Report on malaria in the Punjab during the year ...  together with an account of the work of the Punjab Malaria Bureau - Volume 4
Disease focus: Malaria
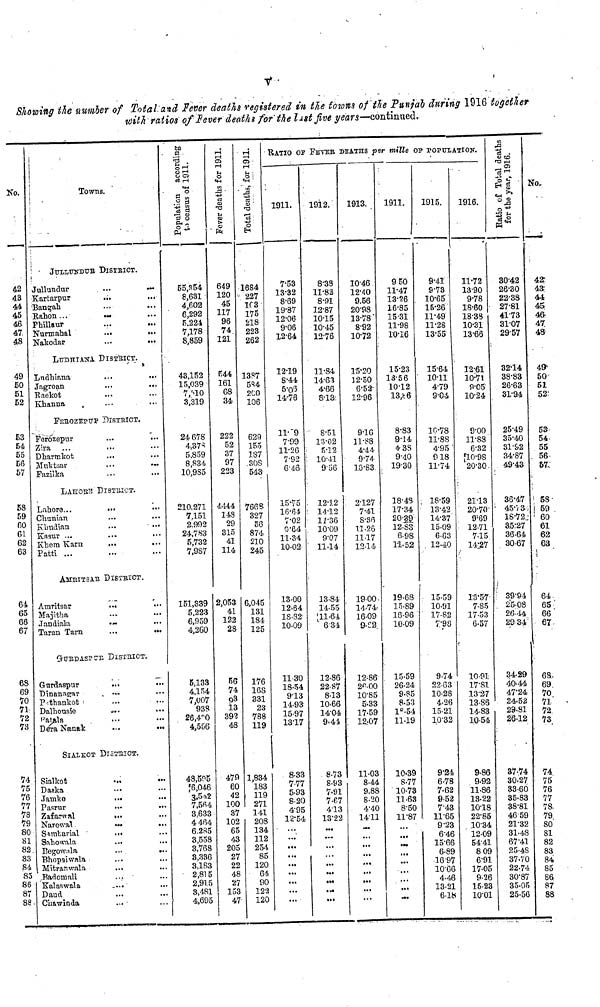
v
Showing the number of Total and Fever deaths registered in the towns of the Punjab during 1916 together
wiith ratios of fever deaths for the list five years—continued,
No.
42
43
44
45
46
47,
48
49
50
51
52
£3
54
55
5ß
57
58
59
60
61
62
63
64
65
66
67
68
69
70
71
72
73
74
75
76
77
78
79
80
81
82
83
84
85
86
87
88
Towns.
JULLUNDUR DISTRICT.
Jullundur
...
Kartarpur
...
...
Bangah
Rahon...
Fhillaur
Nurmahal
...
...
Nakodar
...
...
LUDHIANA DISTRICT.
Lndhiana
Jagroan
...
...
Baekot
Khanna
FEROZEPUR DISTRICT.
Ferozepur
...
...
Zira ...
Dharmkot
...
Muktsar
...
...
Fazilka
LAHORE DISTRICT..
Lahore...
...
Chunian
...
Khudian
...
...
Kasur ...
Khem Karn ...
Patti ...
AMRITSAR DISTRICT.
Amritsar
...
•••
Majitha
Jandiala
...
...
Taran Tarn
...
...
GURDASPUR DISTRICT.
Gurdaspur
...
...
Dinanagar
Pathankot
Dalhonsie
...
...
Patala
Dera Nanak
...
...
SIALKOT DISTRICT.
Sialkot
Daska
Jamke
...
...
Pasrur
...
...
Zafarwal
...
Narowal
...
...
Sambarial
...
Sahowala
...
...
Begowala
...
...
Bhopalwala
Mitranwala
...
...
Badomali
Kalaswala
....
Daud
Chawinda
...
55,354
8,631
4,602
6,292
5,224
7,178
8,859
43,152
15,039
7,510
3,319
24 678
4,378
5,859
8,834
10,985
210.271
7,151
2.992
24,783
5,732
7,987
151,339
5,223
6,959
4,260
5,133
4,154
7,007
938
26,430
4,556
48,595
?6,046
3,542
7,564
3,633
4464
6,285
3,558
3,768
8,336
3,183
2,815
2,915
3,481
4,695
649
120
45
117
96
74
121
544
161
68
34
222
52
37
97
223
4444
148
29
815
41
114
2,053
41
122
28
56
74
93
13
393
48
479
60
42
100
37
102
65
43
205
27
22
48
27
153
47
1684
227
103
175
218
223
262
1387
584
200
106
629
155
187
308
543
7668
327
56
874
210
245
6,045
131
184
125
176
168
331
23
788
119
1,834
183
119
271
141
208
134
112
254
85
120
64
90
122
120
RATIO
1911.
7.53
13.32
8.69
19.87
12.06
9.06
12.64
12.19
8.44
5.05
14.76
11.9
7.99
11.26
7.92
6.43
15-75
16.64
7.02
9.64
11.34
10.02
13.00
12.64
18.82
10.09
11.30
18.54
9.13
14.93
15.97
1317
8.33
7.77
5.93
8-20
4-95
12-54
.
.
,
.
,
.
,
,
...
OF FEVER
1912.
8-38
11-82
8-91
12-87
10-15
10-45
12-76
11-84
14-63
4-66
8-13
8-51
13-02
5-12
10.11
9.56
12-12
14-12
11-36
10-09
9-07
11-14
13-84
14-55
11-64
6-34
12-86
22-87
8-13
10-66
14-04
9-44
8-73
8-93
7-91
7-67
413
13-22
...
...
...
...
...
...
«W
«t*
».
DEATHS
1913.
10-46
12-40
9.56
20-98
13-78
8-92
10-72
15-20
12-50
6-52
12-96
916
11-88
4-44
9-74
10-83
2-127
7-41
8-36
11-26
11-17
12-14
19-00.
14-74
16-09
9-62
12-86
26-00
10-85
5-33
17-59
12-07
11-03
8-44
9.88
8-20
4-40
1411
-.
,
, .
. ,
. ,
. ,
...
, ,
...
per mitte
1911.
950
11-47
13-26
16-85
15-31
11-98
10-16
15-23
13-56
10-12
13,86
8-83
9-14
438
9-40
19-30
18-48
17-34
20-39
12-88
6-98
11-52
19-68
15-89
16-96
10-09
15-59
26-24
9-85
8-53
l8-54
11-19
10'39
8-77
10-73
11-63
8-50
11-87
,,,
...
...
• M
...
...
...
...
...
OP POPU
1915.
9-41
9-73
10.65
15-26
11-49
11-28
13-55
15-64
10-11
4-79
9-04
16-78
11-88
4-95
918
11-74
18-59
13-42
14-37
15-09
6-63
12-40
15-59
10-91
17-82
7:98
9-74
22.63
10-28
4-26
15-21
10-32
9.24
6-78
7-62
9-52
7.43
11-65
9.23
6-46
15-66
6-89
16-97
10-66
4-46
13-21
6-18
IATION.
1916.
11-72
13-90
9-78
18-60
18-38
10-31
13-66
12-61
10-71
9-05
10-24
9-00
11-88
6-32
10-98
20-30
2113
20-70
9.69
12-71
7-15
14.27
13-57
7-85
17-53
6-57
10-91
17-81
13-27
13-86
14-83
10-54
9-86
9-92
11-86
13-22
1018
22-85
10-34
12-09
54-41
809
6-91
17-05
9-26
15-23
10-01
30-42
26-30
22-38
27-81
41-73
31-07
29-57
3214
38-83
26-63
31-94
25-49
35-40
31.92
34-87
49-43
36.47
45-73S
18-72
3.5:27
36-64
30-67
39-94
25-08
26-44
29.34
34-29
40-44
47-24
24-52
29-81
26-12
37-74
30-27
33-60
35-83
38-81
46-59
21-32
31-48
67-41
25-48
37-70
22-74
30-87
35-05
25-56
No.
42
43
44
45
46
47
48
49
50
51
52
53
54
55
56
57
58
59
60
61
62
63
64
65
66
67
6S
69
70
7l
72
73
74
75
76
77
78.
79
80
81
82
83
84
85
86
87
88